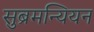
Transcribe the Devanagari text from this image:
सुब्रमन्यियन